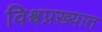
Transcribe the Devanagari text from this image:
विश्वप्रख्यात